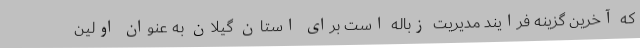
که آخرین گزینه فرایند مدیریت زباله است برای استان گیلان به عنوان اولین